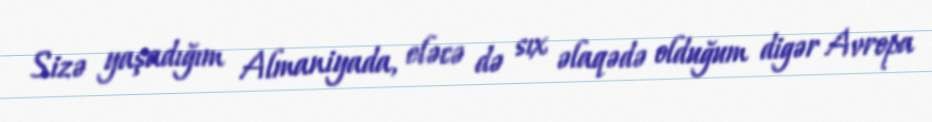
Sizə yaşadığım Almaniyada, eləcə də sıx əlaqədə olduğum digər Avropa